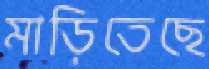
মাড়িতেছে